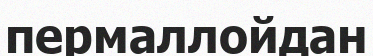
пермаллойдан